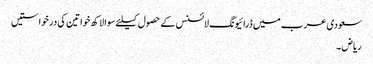
سعودی عرب میں ڈرائیونگ لائسنس کے حصول کیلئے سوا لاکھ خواتین کی درخواستیں
ریاض ۔